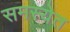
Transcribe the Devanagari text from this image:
समस्येत